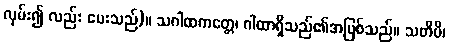
လှမ်း၍ လည်း ပေးသည်)။ သဂါထကတ္တေ၊ ဂါထာရှိသည်၏အဖြစ်သည်။ သတိပိ၊